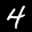
Label: 4